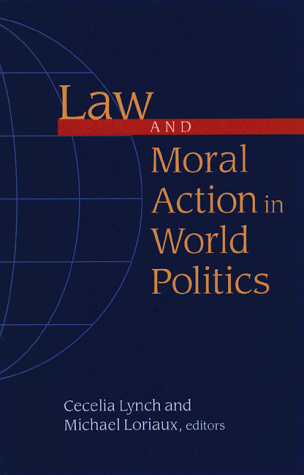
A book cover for Law and Moral Action in World Politics; Cecelia Lynch; Law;